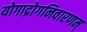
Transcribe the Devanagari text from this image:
योगाद्रोगनिवारणम्